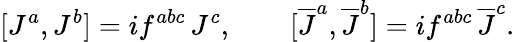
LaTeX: [J^{a},J^{b}]=if^{abc}\, J^{c},\qquad[\overline{{{J}}}^{a},\overline{{{J}}}^{b}]=if^{abc}\, \overline{{{J}}}^{c}.